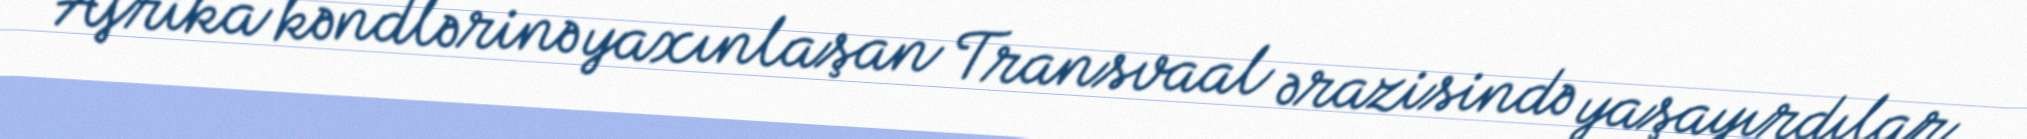
Afrika kəndlərinə yaxınlaşan Transvaal ərazisində yaşayırdılar.